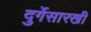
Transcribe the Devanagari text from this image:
दुर्गेसारखी